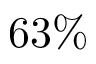
6 3 \%